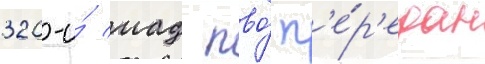
320-и́ иад пво́ п'е́р'едан